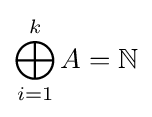
\bigoplus _{i=1}^{k}A=\mathbb {N}